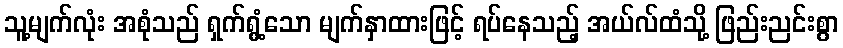
သူ့မျက်လုံး အစုံသည် ရှက်ရွံ့သော မျက်နှာထားဖြင့် ရပ်နေသည့် အယ်လ်ထံသို့ ဖြည်းညင်းစွာ